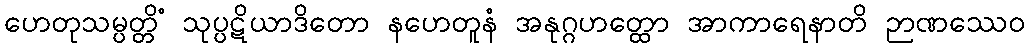
ဟေတုသမ္ပတ္တိံ သုပ္ပဋိယာဒိတော နဟေတူနံ အနုဂ္ဂဟတ္ထော အာကာရေနာတိ ဉာဏဿေဝ